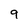
Character: 9